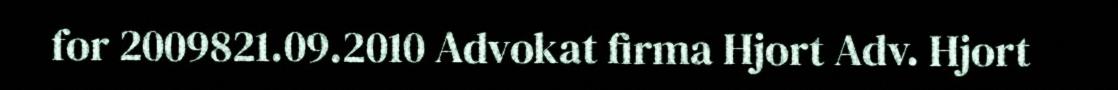
for 2009821.09.2010 Advokat firma Hjort Adv. Hjort